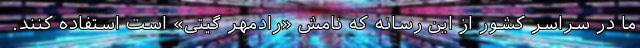
ما در سراسر کشور از این رسانه که نامش «رادمهر گیتی» است استفاده کنند.